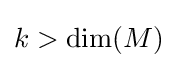
k>\mathrm {dim} (M)